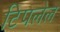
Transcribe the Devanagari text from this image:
टिपलेल